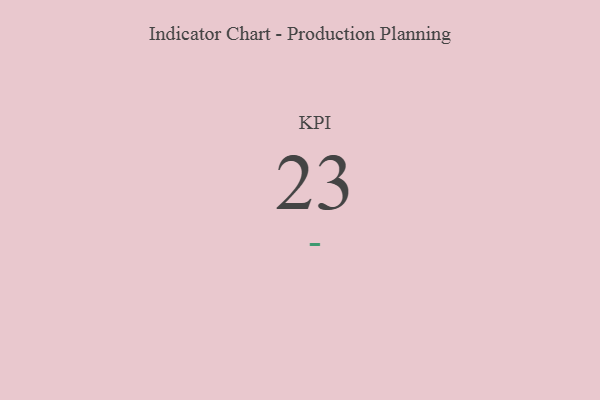
{"axis": {"x": "KPI", "y": "Value"}, "legend": [""], "data": [{"x": "KPI", "y": 23, "type": ""}]}